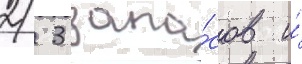
2/ 3 запа́сов и́